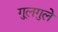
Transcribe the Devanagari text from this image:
गु्लगुले